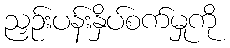
ညှဉ်းပန်းနှိပ်စက်မှုကို